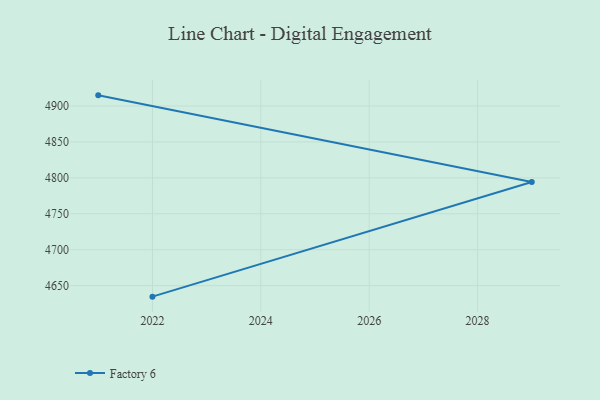
{"axis": {"x": "Year", "y": "LTV (USD)"}, "legend": ["Factory 6"], "data": [{"x": "2022", "y": 4634.7, "type": "Factory 6"}, {"x": "2029", "y": 4794.2, "type": "Factory 6"}, {"x": "2021", "y": 4914.8, "type": "Factory 6"}]}